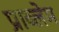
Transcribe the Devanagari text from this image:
प्राब्लेम